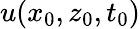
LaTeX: u(x_{0},z_{0},t_{0})